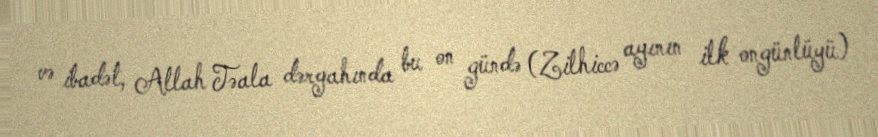
və ibadət, Allah Təala dərgahında bu on gündə (Zilhiccə ayının ilk ongünlüyü)